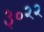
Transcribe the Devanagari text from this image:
३०२२